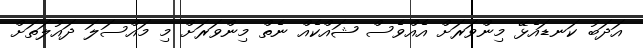
އަދަބު ކަނޑައެޅޭ މިންވަރަށް އެއްވެސް ޝައްކެއް ނެތް މިންވަރަށް މި މައްސަލަ ދައުލަތަށް